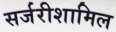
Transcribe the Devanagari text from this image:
सर्जरीशामिल